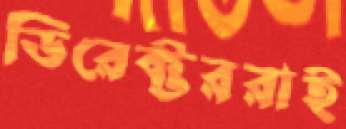
ডিরেক্টররাই